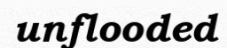
unflooded